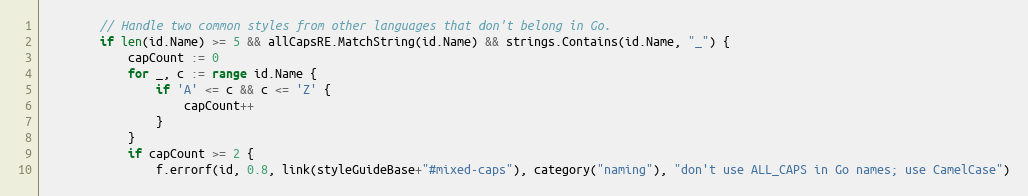
Language: Go
		// Handle two common styles from other languages that don't belong in Go.
		if len(id.Name) >= 5 && allCapsRE.MatchString(id.Name) && strings.Contains(id.Name, "_") {
			capCount := 0
			for _, c := range id.Name {
				if 'A' <= c && c <= 'Z' {
					capCount++
				}
			}
			if capCount >= 2 {
				f.errorf(id, 0.8, link(styleGuideBase+"#mixed-caps"), category("naming"), "don't use ALL_CAPS in Go names; use CamelCase")